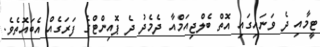
ޓީމާއި ދެ ވަނައިގައި އޮތް ބެލްޖިއަމްއާ ދެމެދު ދެ ޕޮއިންޓްގެ ފަރަގެއް އެބައޮތެވެ.